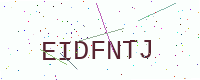
Text: EIDFNTJ